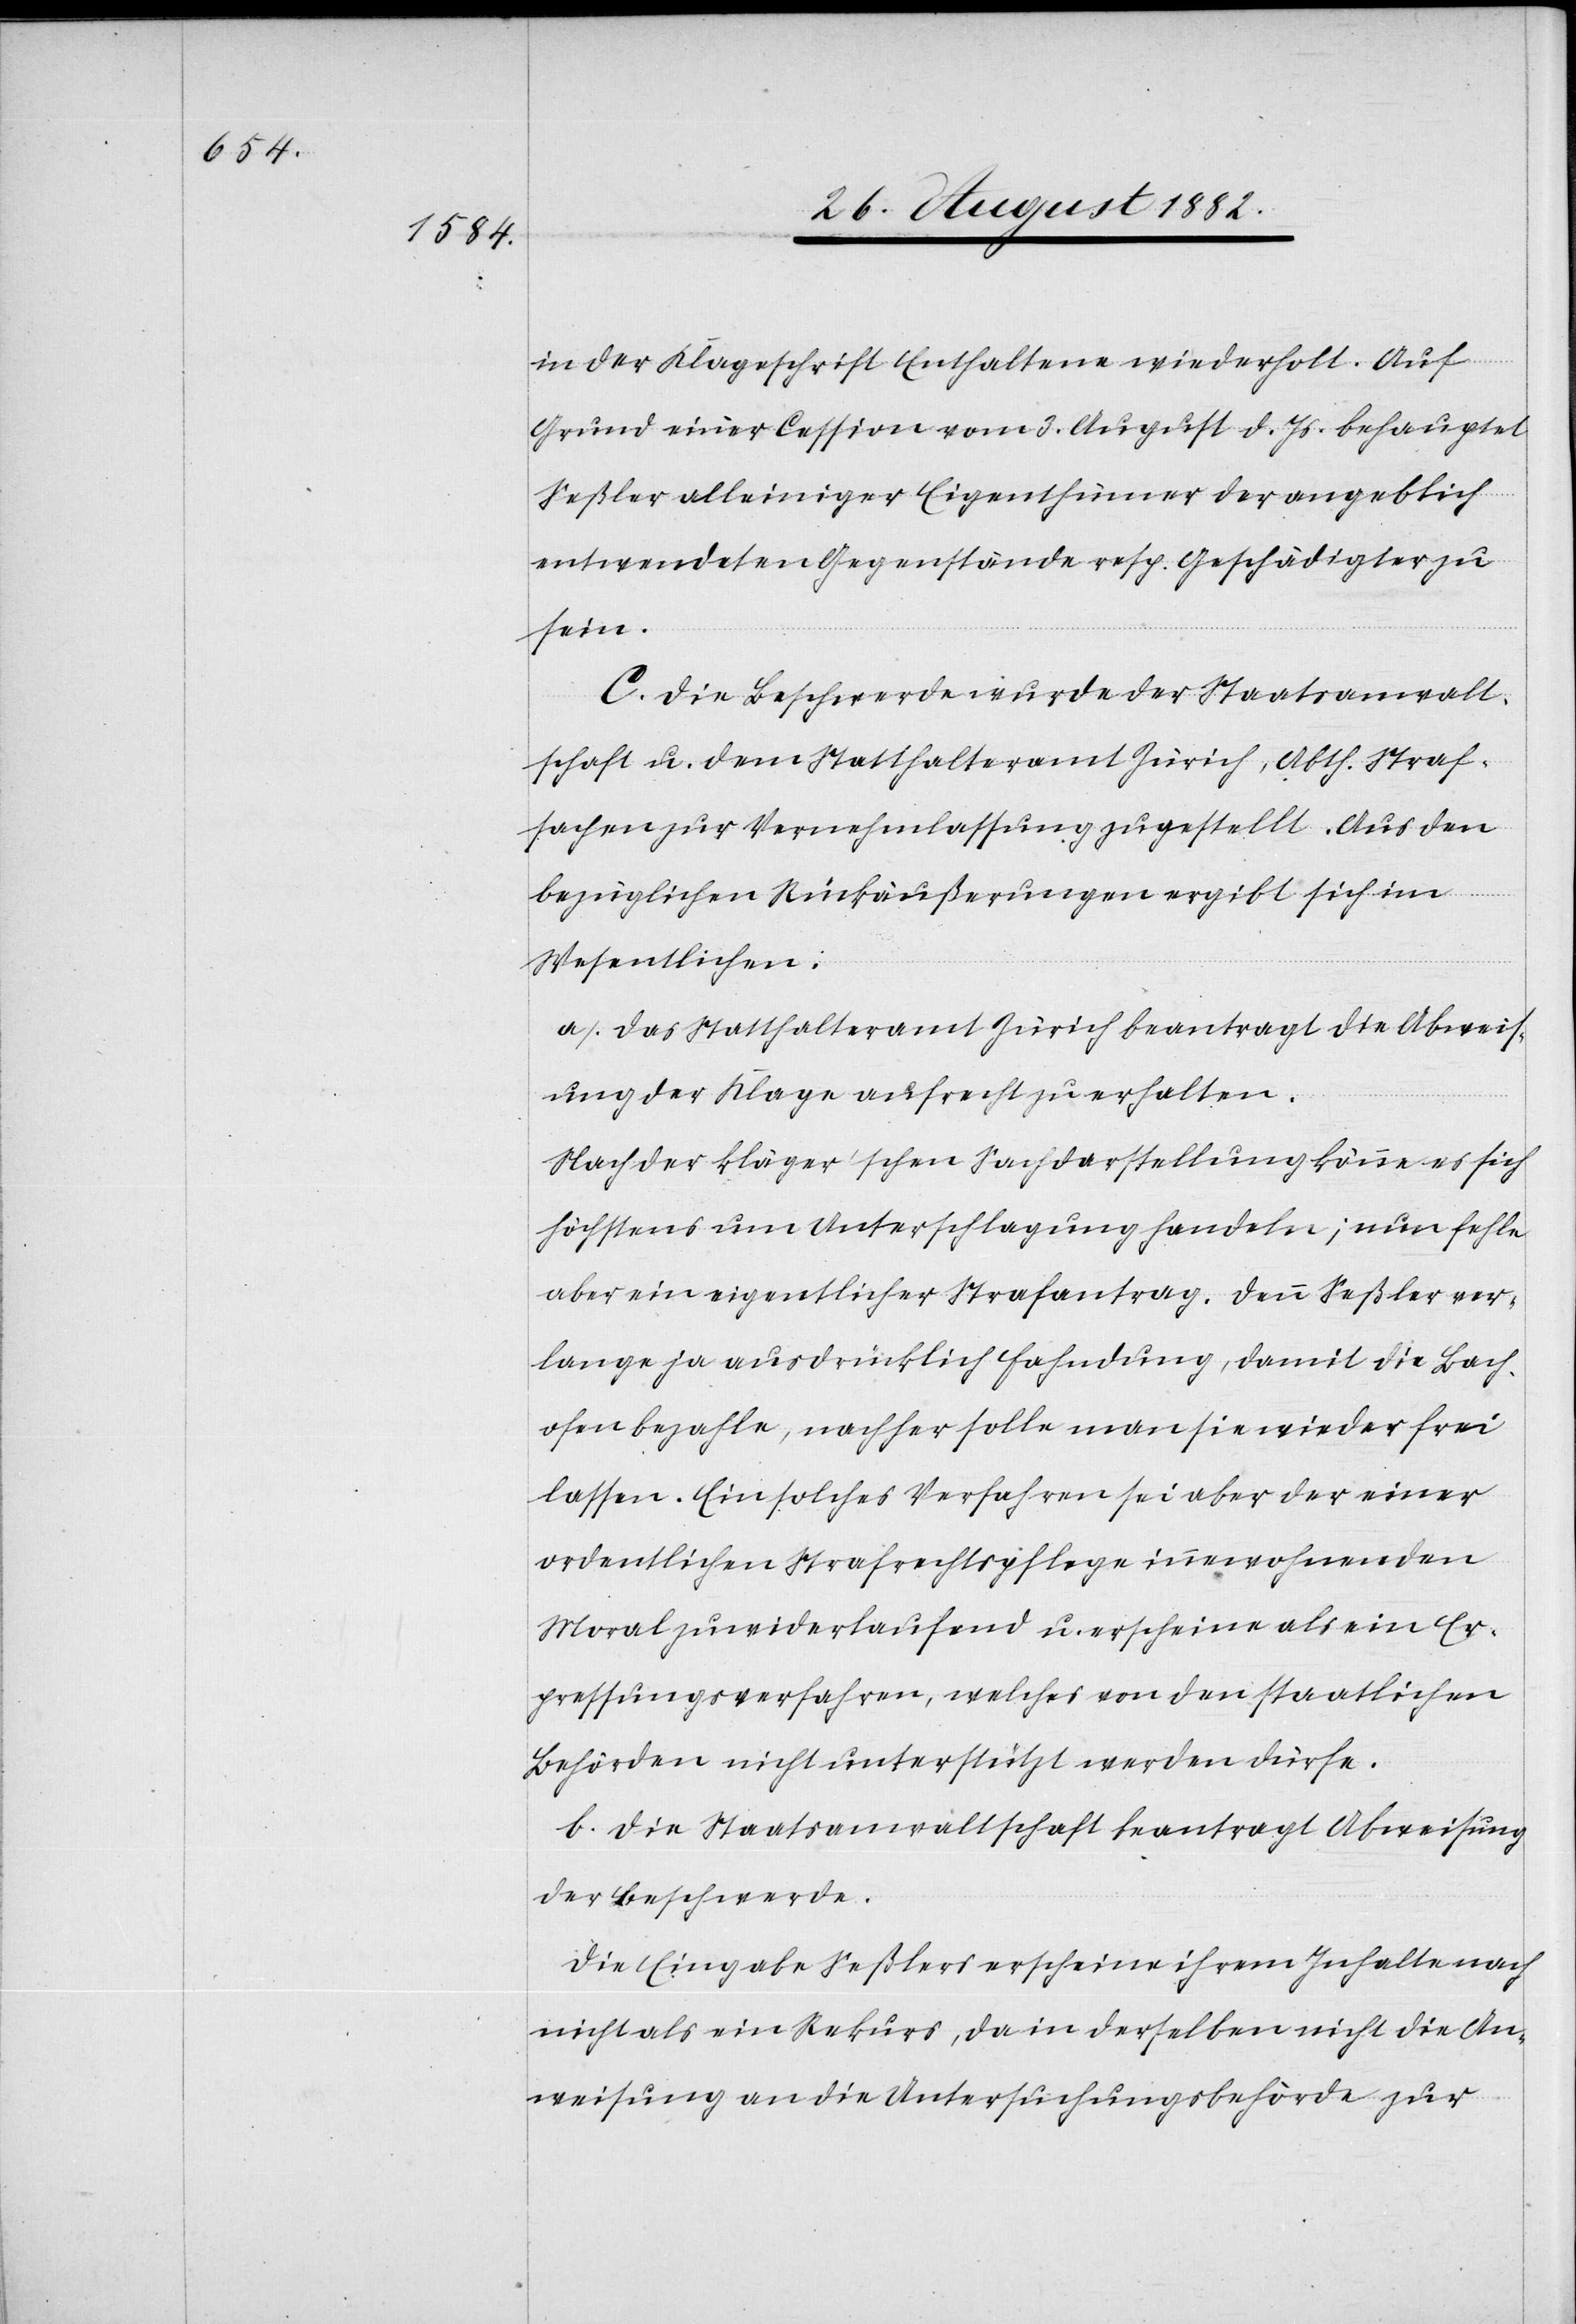
in der Klageschrift Enthaltene wiederholt. Auf
Grund einer Cession vom 3. August d. Js. behauptet
Seßler alleiniger Eigenthümer der angeblich
entwendeten Gegenstände resp. Geschädigter zu
sein.
C. Die Beschwerde wurde der Staatsanwalt¬
schaft u. dem Statthalteramt Zürich, Abth. Straf¬
sachen zur Vernehmlassung zugestellt. Aus den
bezüglichen Rückäußerungen ergibt sich im
Wesentlichen:
a.) Das Statthalteramt Zürich beantragt die Abweis¬
ung der Klage aufrecht zu erhalten.
Nach der Kläger’schen Sachdarstellung könne es sich
höchstens um Unterschlagung handeln; nun fehle
aber ein eigentlicher Strafantrag. Denn Seßler ver¬
lange ja ausdrücklich Fahndung, damit die Bach¬
ofen bezahle, nachher solle man sie wieder frei
lassen. Ein solches Verfahren sei aber der einer
ordentlichen Strafrechtspflege innewohnenden
Moral zuwiderlaufend u. erscheine als ein Er¬
pressungsverfahren, welches von den staatlichen
Behörden nicht unterstützt werden dürfe.
b.) Die Staatsanwaltschaft beantragt Abweisung
der Beschwerde.
Die Eingabe Seßlers erscheine ihrem Inhalte nach
nicht als ein Rekurs, da in derselben nicht die An¬
weisung an die Untersuchungsbehörde zur